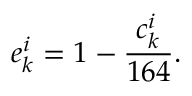
e _ { k } ^ { i } = 1 - \frac { c _ { k } ^ { i } } { 1 6 4 } .